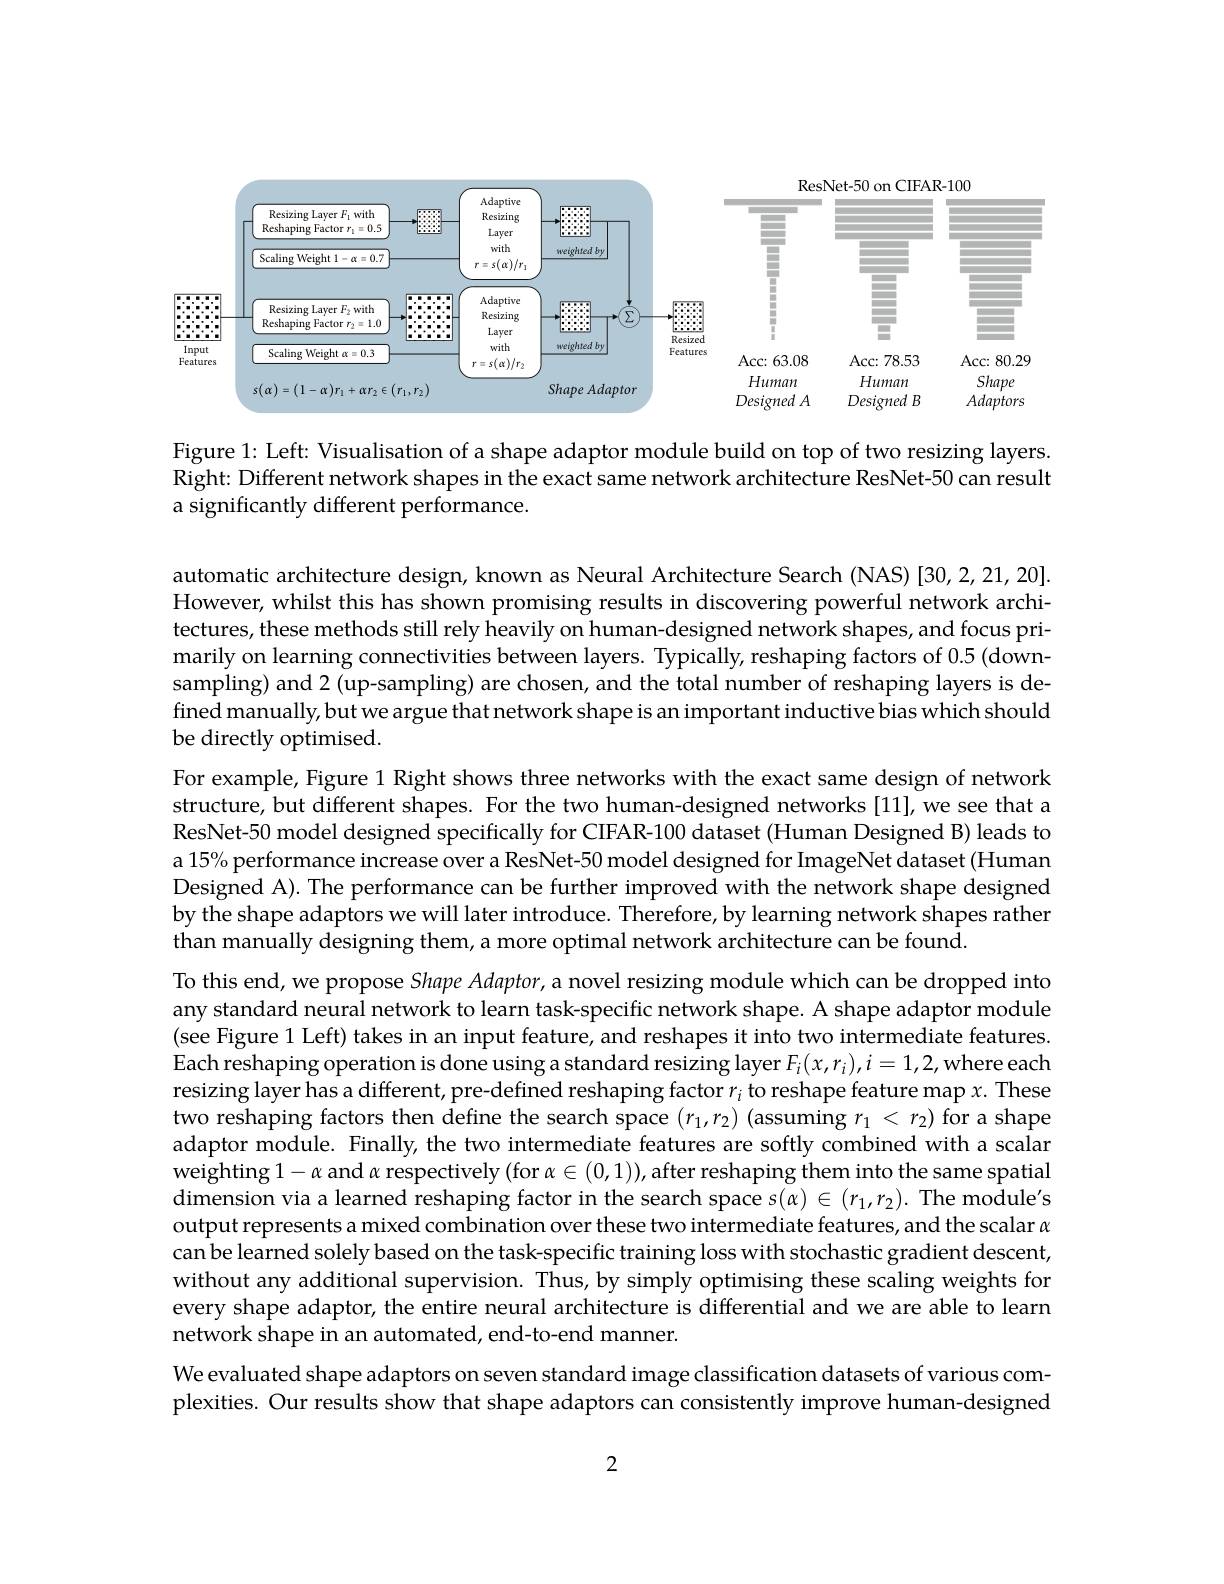
<FigureHere>

Figure 1: Left: Visualisation of a shape adaptor module build on top of two resizing layers. Right: Different network shapes in the exact same network architecture ResNet-50 can result a significantly different performance.

automatic architecture design, known as Neural Architecture Search (NAS) [30,2,21,20]. However, whilst this has shown promising results in discovering powerful network architectures, these methods still rely heavily on human-designed network shapes, and focus primarily on learning connectivities between layers. Typically, reshaping factors of 0.5 (downsampling) and 2 (up-sampling) are chosen, and the total number of reshaping layers is defined manually, but we argue that network shape is an important inductive bias which should be directly optimised.
For example, Figure 1 Right shows three networks with the exact same design of network structure, but different shapes. For the two human-designed networks[11], we see that a ResNet-50 model designed specifically for CIFAR-100 dataset (Human Designed B) leads to a 15% performance increase over a ResNet-50 model designed for ImageNet dataset (Human Designed A). The performance can be further improved with the network shape designed by the shape adaptors we will later introduce. Therefore, by learning network shapes rather than manually designing them, a more optimal network architecture can be found.
To this end, we propose Shape Adaptor, a novel resizing module which can be dropped into any standard neural network to learn task-specific network shape. A shape adaptor module (see Figure 1 Left) takes in an input feature, and reshapes it into two intermediate features. Each reshaping operation is done using a standard resizing layer $F_i(x,r_i),i=1,2$,where each resizing layer has a different, pre-defined reshaping factor $r_i$ to reshape feature map $x.$ These two reshaping factors then define the search space $(r_1,r_2)$ (assuming $r_1<r_2)$ for a shape adaptor module. Finally, the two intermediate features are softly combined with a scalar weighting $1-\alpha$ and $\alpha$ respectively (for $\alpha\in(0,1))$,after reshaping them into the same spatial dimension via a learned reshaping factor in the search space $s(\alpha)\in(r_1,r_2).$ The module's output represents a mixed combination over these two intermediate features, and the scalar $\alpha$ canbe learned solely based on the task-specific training loss with stochastic gradient descent, without any additional supervision. Thus, by simply optimising these scaling weights for every shape adaptor, the entire neural architecture is differential and we are able to learn network shape in an automated, end-to-end manner.
We evaluated shape adaptors on seven standard image classification datasets of various complexities. Our results show that shape adaptors can consistently improve human-designed

2